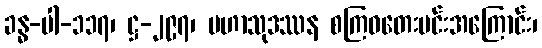
ခန္ဓ-ပါ-၁၁၇၊ ဋ္ဌ-၂၉၇၊ မဟာသုဒဿန စကြဝတေးမင်းအကြောင်း၊